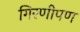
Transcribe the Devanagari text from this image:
गिरणीपण